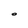
Character: O